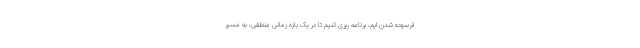
فرسوده شدن ایم، برنامه ریزی کنیم تا در یک بازه زمانی منطقی، به مسیر